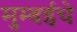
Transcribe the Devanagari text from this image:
मुम्बईचे